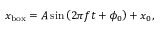
x _ { \mathrm { b o x } } = A \sin { \left( 2 \pi f t + \phi _ { 0 } \right) } + x _ { 0 } ,